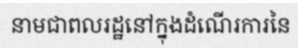
នាមជាពលរដ្ឋនៅក្នុងដំណើរការនៃ